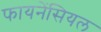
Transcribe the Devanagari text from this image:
फायनेंसियल